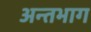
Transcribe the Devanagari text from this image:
अन्तभाग